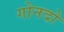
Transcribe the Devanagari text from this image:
गोनदो